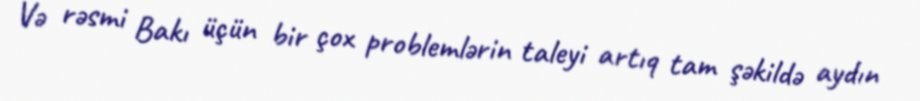
Və rəsmi Bakı üçün bir çox problemlərin taleyi artıq tam şəkildə aydın